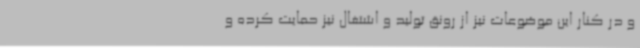
و در کنار این موضوعات نیز از رونق تولید و اشتغال نیز حمایت کرده و